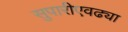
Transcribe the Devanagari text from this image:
सुपारीएवढ्या